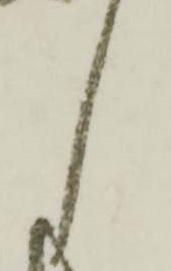
し